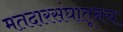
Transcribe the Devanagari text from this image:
मतदारसंघातूनच